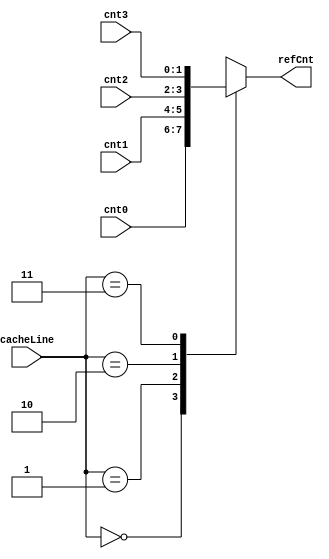
`timescale 1ns / 1ps
//////////////////////////////////////////////////////////////////////////////////
// Company: 
// Engineer: 
// 
// Design Name: 
// Module Name:    mux4to1 
// Project Name: 
// Target Devices: 
// Tool versions: 
// Description: 
//
// Dependencies: 
//
// Revision: 
// Revision 0.01 - File Created
// Additional Comments: 
//
//////////////////////////////////////////////////////////////////////////////////
module mux4to1(
    input [1:0] cnt0,
    input [1:0] cnt1,
    input [1:0] cnt2,
    input [1:0] cnt3,
    input [1:0] cacheLine,
    output reg [1:0] refCnt
    );

	always@(cnt0,cnt1, cnt2,cnt3,cacheLine)
		begin 
			case(cacheLine)
				2'd0: refCnt = cnt0;
				2'd1: refCnt = cnt1;
				2'd2: refCnt = cnt2;
				2'd3: refCnt = cnt3;
			endcase
		end

endmodule